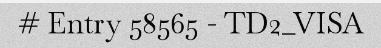
# Entry 58565 - TD2_VISA